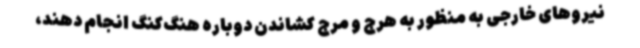
نیروهای خارجی به منظور به هرج و مرج کشاندن دوباره هنگ‌کنگ انجام دهند،